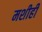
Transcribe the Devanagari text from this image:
मशीही